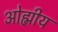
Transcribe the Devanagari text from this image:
ओह्मीय